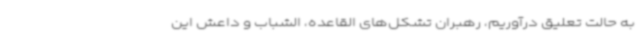
به حالت تعلیق درآوریم، رهبران تشکل‌های القاعده، الشباب و داعش این